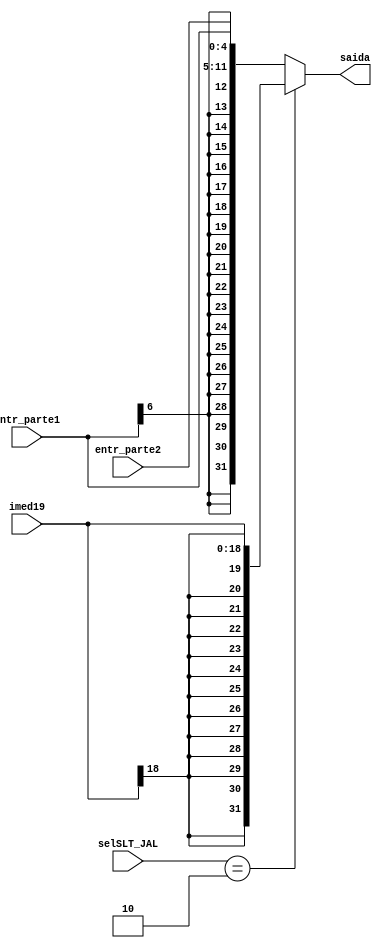
module gera_imediato(entr_parte1, entr_parte2, imed19, selSLT_JAL, saida);
/*
 Espera-se que a segunda parte da entrada tenha passado pelo mux_gimm
*/
	input[6:0] entr_parte1;
	input[4:0] entr_parte2;
	input [18:0] imed19;
	input [1:0] selSLT_JAL;
	output [31:0] saida;
	/*always @(*) begin
		saida = 	
	end*/
	assign saida = (selSLT_JAL == 2)? {{13{imed19[18]}}, imed19} : {{20{entr_parte1[6]}}, entr_parte1, entr_parte2};

endmodule